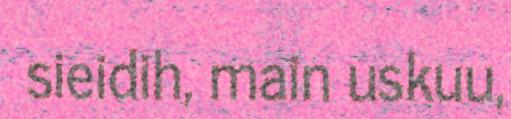
sieidih, main uskuu,